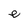
Character: e